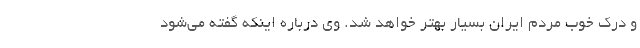
و درک خوب مردم ایران بسیار بهتر خواهد شد. وی درباره اینکه گفته می‌شود